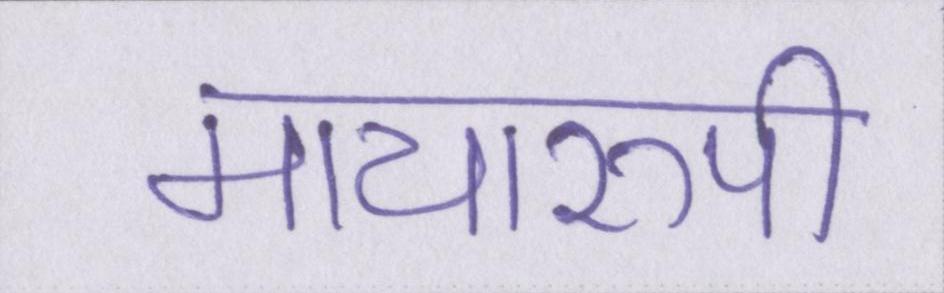
मायारुपी